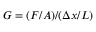
G = ( F / A ) / ( \Delta x / L )